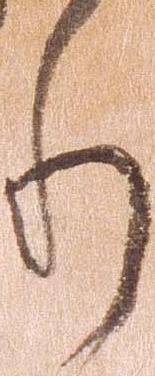
り